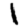
Digit: 1